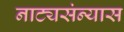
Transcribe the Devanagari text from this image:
नाट्यसंन्यास